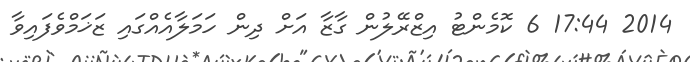
2014 17:44 6 ކޮމެންޓު އިޒްރޭލުން ގާޒާ އަށް ދިން ހަމަލާއެއްގައި ޒަޚަމްވެފައިވާ